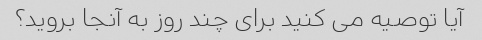
آیا توصیه می کنید برای چند روز به آنجا بروید؟